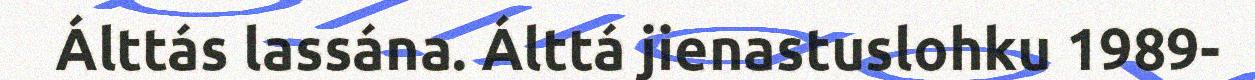
Álttás lassána. Álttá jienastuslohku 1989-